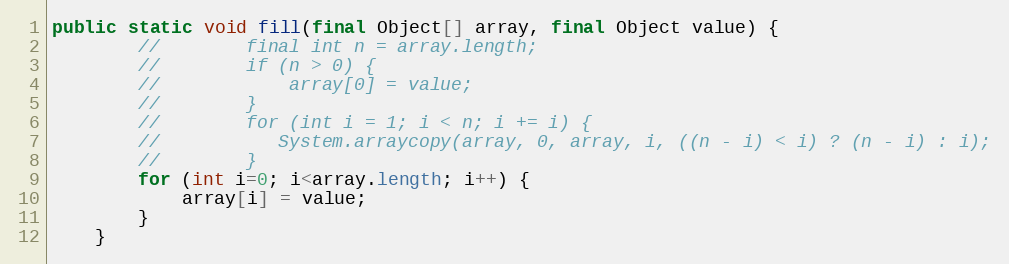
Language: Java
public static void fill(final Object[] array, final Object value) {
        //        final int n = array.length;
        //        if (n > 0) {
        //            array[0] = value;
        //        }
        //        for (int i = 1; i < n; i += i) {
        //           System.arraycopy(array, 0, array, i, ((n - i) < i) ? (n - i) : i);
        //        }
        for (int i=0; i<array.length; i++) {
            array[i] = value;
        }
    }